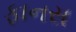
ફાનસ